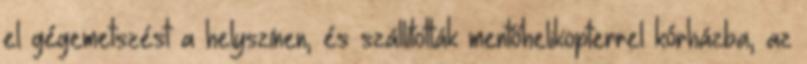
el gégemetszést a helyszínen, és szállították mentőhelikopterrel kórházba, az